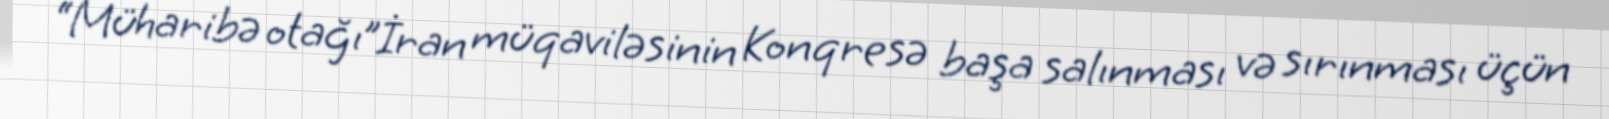
“Müharibə otağı”İran müqaviləsinin Konqresə başa salınması və sırınması üçün